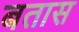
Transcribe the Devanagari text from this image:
बतास